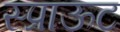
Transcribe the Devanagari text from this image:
स्प्राऊट